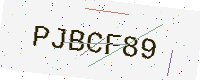
Text: PJBCF89